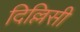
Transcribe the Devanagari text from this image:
दिल्लिसी